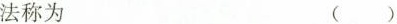
法称为 ()